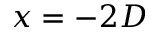
x = - 2 D